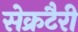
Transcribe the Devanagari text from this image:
सेक्रटैरी